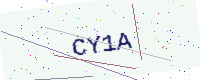
Text: CY1A